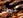
نيت